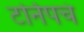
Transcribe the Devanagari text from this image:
टर्निपचं